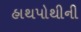
હાથપોથીની